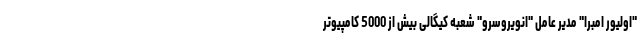
"اولیور امبرا" مدیر عامل "انویروسرو" شعبه کیگالی بیش از 5000 کامپیوتر